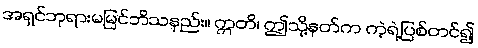
အရှင်ဘုရားမမြင်ဘိသနည်း။ ဣတိ၊ ဤသို့နတ်က ကဲ့ရဲ့ပြစ်တင်၍